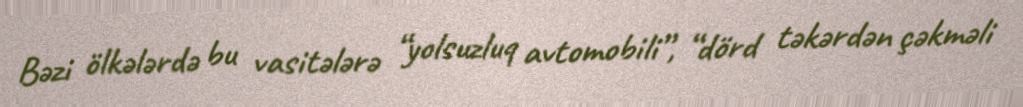
Bəzi ölkələrdə bu vasitələrə “yolsuzluq avtomobili”, “dörd təkərdən çəkməli